Subject: physics
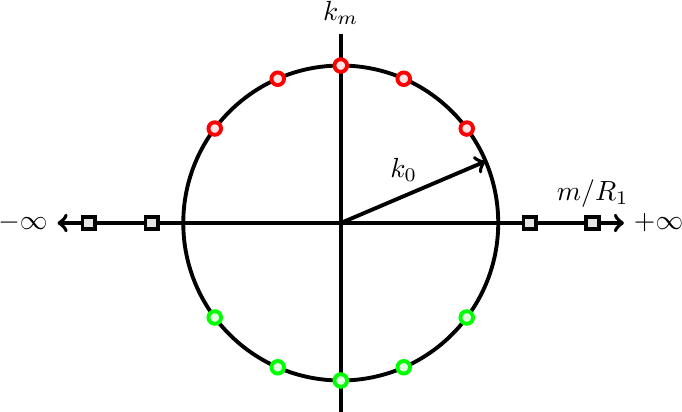
LaTeX code:
\begin{tikzpicture}[scale=0.8]
\draw [black,line width=1.4] (4,3) circle (2.5);
\draw [line width=1.4, <->] (-0.5,3) -- (8.5,3);
\draw [line width=1.4] (4,0) -- (4,6);

\draw [line width=1.4,->] (4,3) -- (6.3,3.98);

\draw [red,line width=1.4,fill=red!10] (4,5.5) circle (0.1);
\draw [red,line width=1.4,fill=red!10] (5,5.29) circle (0.1);
\draw [red,line width=1.4,fill=red!10] (6,4.5) circle (0.1);

\draw [red,line width=1.4,fill=red!10] (3,5.29) circle (0.1);
\draw [red,line width=1.4,fill=red!10] (2,4.5) circle (0.1);

\draw [green,line width=1.4,fill=green!10] (4,0.5) circle (0.1);
\draw [green,line width=1.4,fill=green!10] (5,0.71) circle (0.1);
\draw [green,line width=1.4,fill=green!10] (6,1.5) circle (0.1);

\draw [green,line width=1.4,fill=green!10] (3,0.71) circle (0.1);
\draw [green,line width=1.4,fill=green!10] (2,1.5) circle (0.1);

\draw [black,line width=1.4,fill=black!10] (-0.1,2.9) rectangle (0.1,3.1);
\draw [black,line width=1.4,fill=black!10] (0.9,2.9) rectangle (1.1,3.1);
\draw [black,line width=1.4,fill=black!10] (6.9,2.9) rectangle (7.1,3.1);
\draw [black,line width=1.4,fill=black!10] (7.9,2.9) rectangle (8.1,3.1);

\node at (5,3.5) [anchor=south]{$k_0$};
\node at (8,3.1) [anchor=south]{$m /R_1$};
\node at (4,6) [anchor=south]{$k_m$};
\node at (-0.5,3) [anchor=east]{$-\infty$};
\node at (8.5,3) [anchor=west]{$+\infty$};

\end{tikzpicture}